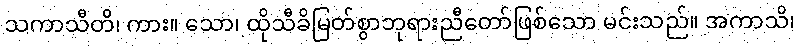
သကာသီတိ၊ ကား။ သော၊ ထိုသီခိမြတ်စွာဘုရားညီတော်ဖြစ်သော မင်းသည်။ အကာသိ၊